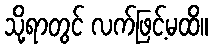
သို့ရာတွင် လက်ဖြင့်မထိ။